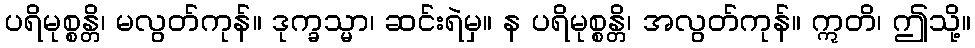
ပရိမုစ္စန္တိ၊ မလွတ်ကုန်။ ဒုက္ခသ္မာ၊ ဆင်းရဲမှ။ န ပရိမုစ္စန္တိ၊ အလွတ်ကုန်။ ဣတိ၊ ဤသို့။